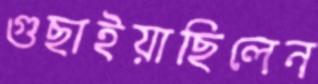
গুছাইয়াছিলেন